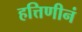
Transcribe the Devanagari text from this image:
हत्तिणीनं